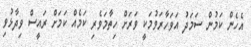
އެހެން ކަމުން ސަމަދު އަވަހާރަވުމަކީ ވަރަށް ހިތާމަވެރި ކަމެއް ކަމަށް ރައީސް ވިދާޅުވި